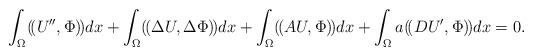
LaTeX: \begin{align*}\int_{\Omega}(\!(U'', \Phi )\!)dx + \int_{\Omega} (\!(\Delta U, \Delta\Phi)\!) dx+\int_{\Omega} (\!(AU, \Phi)\!) dx+\int_{\Omega}a(\!(DU', \Phi)\!)dx=0.\end{align*}